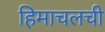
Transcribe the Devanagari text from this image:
हिमाचलची